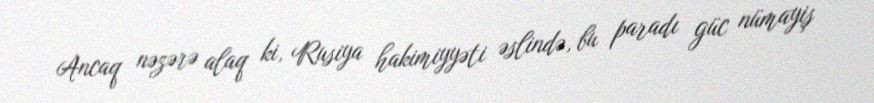
Ancaq nəzərə alaq ki, Rusiya hakimiyyəti əslində, bu paradı güc nümayiş